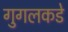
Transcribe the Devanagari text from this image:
गुगलकडे